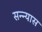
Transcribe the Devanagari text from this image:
सन्न्यास